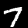
Digit: 7